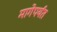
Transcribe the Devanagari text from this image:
मागेपर्यंत